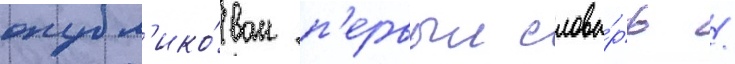
опубл'ико́ван п'ервыи слова́рь /